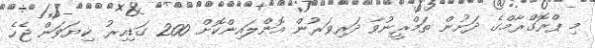
މި ޕްރޮގްރާމްގެ ދަށުން ތަމްރީނުވާ ދަރިވަރުން އޮންލައިންކޮށް 200 ގަޑިއިރު ކިޔަވަން ޖެހެ